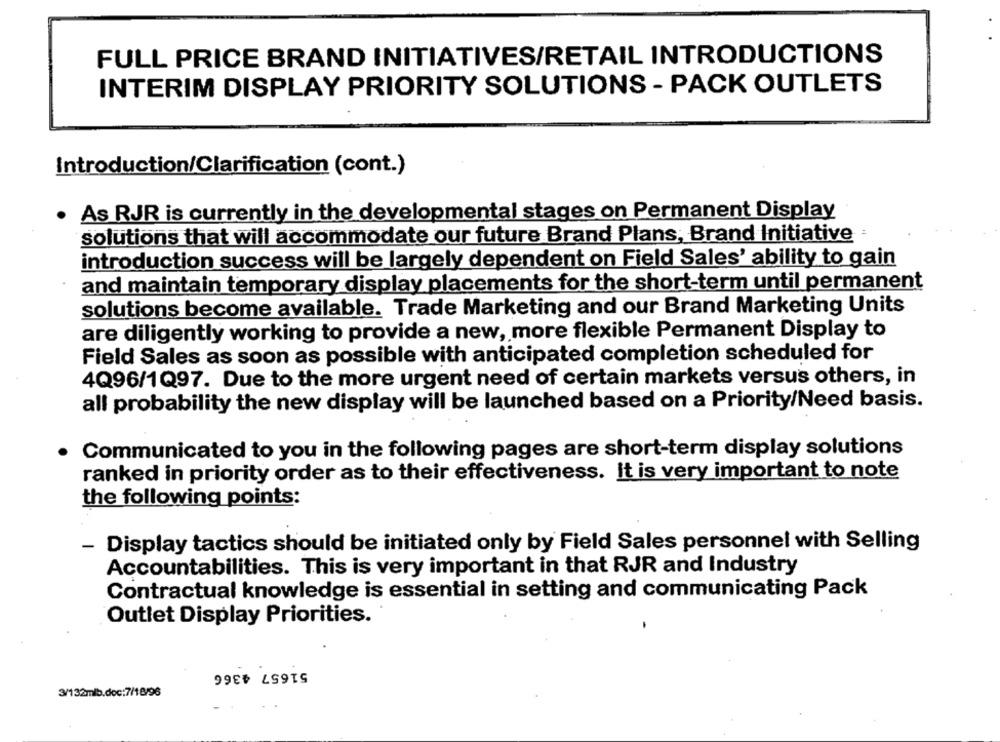
FULL PRICE BRAND INITIATIVES/RETAIL INTRODUCTIONS
INTERIM DISPLAY PRIORITY SOLUTIONS - PACK OUTLETS
Introduction/Clarification (cont.)
· As RJR is currently in the developmental stages on Permanent Display
solutions that will accommodate our future Brand Plans, Brand Initiative
introduction success will be largely dependent on Field Sales' ability to gain
and maintain temporary display placements for the short-term until permanent
solutions become available. Trade Marketing and our Brand Marketing Units
are diligently working to provide a new, more flexible Permanent Display to
Field Sales as soon as possible with anticipated completion scheduled for
4Q96/1Q97. Due to the more urgent need of certain markets versus others, in
all probability the new display will be launched based on a Priority/Need basis.
Communicated to you in the following pages are short-term display solutions
ranked in priority order as to their effectiveness. It is very important to note
the following points:
- Display tactics should be initiated only by Field Sales personnel with Selling
Accountabilities. This is very important in that RJR and Industry
Contractual knowledge is essential in setting and communicating Pack
Outlet Display Priorities.
51657 4366
3/132mlb.doc:7/18/96